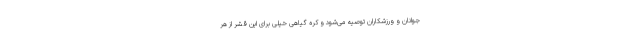
جوانان و ورزشکاران توصیه می‌شود و کره گیاهی خیلی برای این قشر از هر